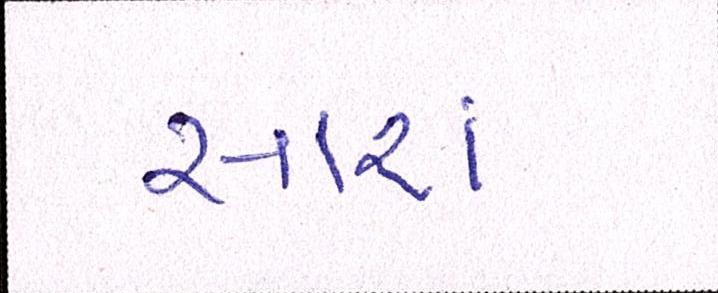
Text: સારાં